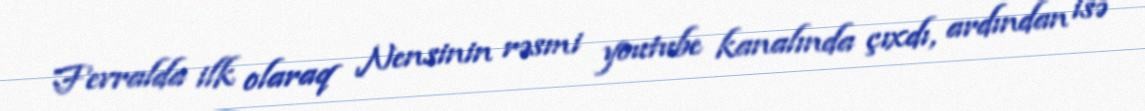
Fevralda ilk olaraq Nensinin rəsmi youtube kanalında çıxdı, ardından isə